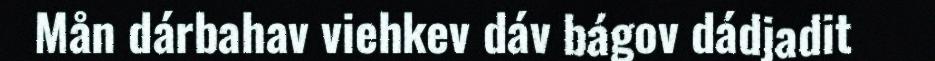
Mån dárbahav viehkev dáv bágov dádjadit